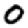
Digit: 0